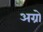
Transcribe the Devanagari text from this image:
अग्रो